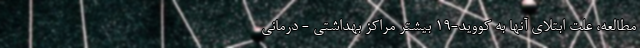
مطالعه، علت ابتلای آنها به کووید-۱۹ بیشتر مراکز بهداشتی - درمانی